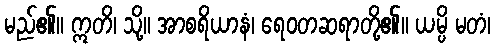
မည်၏။ ဣတိ၊ သို့။ အာစရိယာနံ၊ ရေဝတဆရာတို့၏။ ယမ္ပိ မတံ၊